Vaccination in Bombay 1869-1873 - 1869-1873
Year: 1869
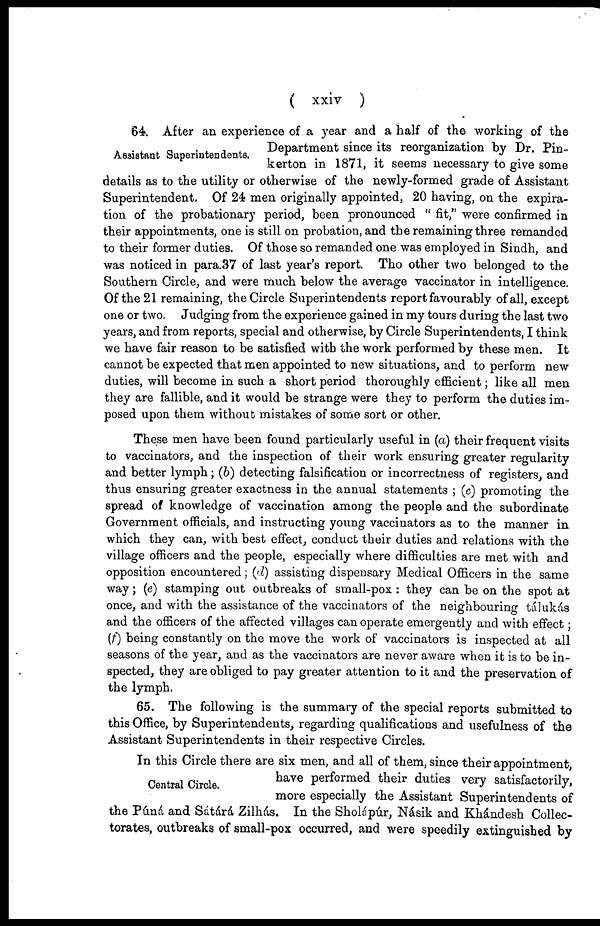
( xxiv
)
Assistant Superintendents.
64. After an experience of a year and a half of the working of the
Department since its reorganization by Dr. Pin¬
kerton in 1871, it seems necessary to give some
details as to the utility or otherwise of the newly-formed grade of Assistant
Superintendent. Of 24 men originally appointed, 20 having, on the expira-
tion of the probationary period, been pronounced " fit," were confirmed in
their appointments, one is still on probation, and the remaining three remanded
to their former duties. Of those so remanded one was employed in Sindh, and
was noticed in para.37 of last year's report. The other two belonged to the
Southern Circle, and were much below the average vaccinator in intelligence.
Of the 21 remaining, the Circle Superintendents report favourably of all, except
one or two. Judging from the experience gained in my tours during the last two
years, and from reports, special and otherwise, by Circle Superintendents, I think
we have fair reason to be satisfied with the work performed by these men. It
cannot be expected that men appointed to new situations, and to perform new
duties, will become in such a short period thoroughly efficient; like all men
they are fallible, and it would be strange were they to perform the duties im-
posed upon them without mistakes of some sort or other.
These men have been found particularly useful in (a) their frequent visits
to vaccinators, and the inspection of their work ensuring greater regularity
and better lymph; (b) detecting falsification or incorrectness of registers, and
thus ensuring greater exactness in the annual statements ; (c) promoting the
spread of knowledge of vaccination among the people and the subordinate
Government officials, and instructing young vaccinators as to the manner in
which they can, with best effect, conduct their duties and relations with the
village officers and the people, especially where difficulties are met with and
opposition encountered; (d) assisting dispensary Medical Officers in the same
way; (e) stamping out outbreaks of small-pox : they can be on the spot at
once, and with the assistance of the vaccinators of the neighbouring tálukás
and the officers of the affected villages can operate emergently and with effect;
(f) being constantly on the move the work of vaccinators is inspected at all
seasons of the year, and as the vaccinators are never aware when it is to be in-
spected, they are obliged to pay greater attention to it and the preservation of
the lymph.
65. The following is the summary of the special reports submitted to
this Office, by Superintendents, regarding qualifications and usefulness of the
Assistant Superintendents in their respective Circles.
Central Circle.
In this Circle there are six men, and all of them, since their appointment,
have performed their duties very satisfactorily,
more especially the Assistant Superintendents of
the Púná and Sátárá Zilhás. In the Sholápúr, Násik and Khándesh Collec-
torates, outbreaks of small-pox occurred, and were speedily extinguished by